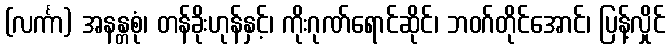
(လင်္ကာ) အနန္တစုံ၊ တန်ခိုးဟုန်နှင့်၊ ကိုးဂုဏ်ရောင်ဆိုင်၊ ဘဝဂ်တိုင်အောင်၊ ပြန့်လှိုင်